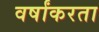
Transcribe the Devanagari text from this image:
वर्षांकरता